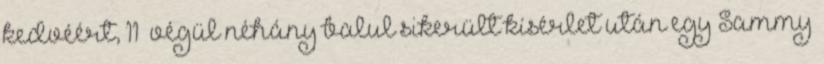
kedvéért, 11 végül néhány balul sikerült kísérlet után egy Sammy